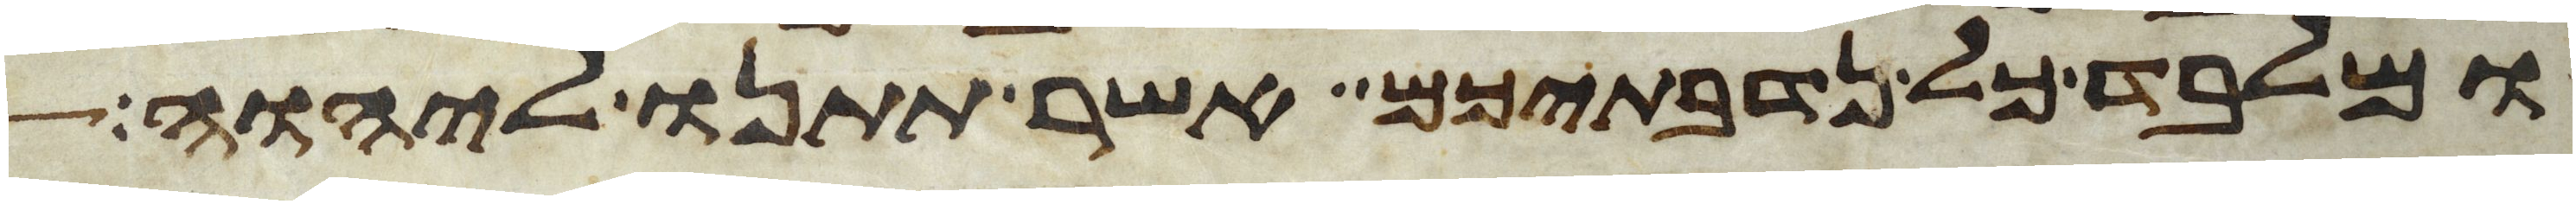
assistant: ומלבד כל נדבתיכם אשר תתנו ליהוה